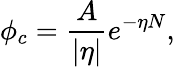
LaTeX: \phi_{c}=\frac{A}{|\eta|}e^{-\eta N},